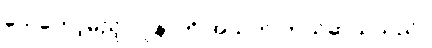
သေတော့မည့် လူနာကို အသက် ကယ်ဆယ်သည်။